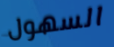
السهول